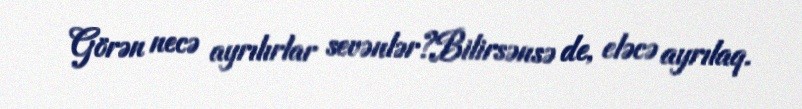
Görən necə ayrılırlar sevənlər?Bilirsənsə de, eləcə ayrılaq.